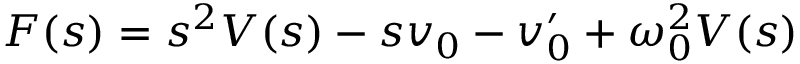
F ( s ) = s ^ { 2 } V ( s ) - s v _ { 0 } - v _ { 0 } ^ { \prime } + \omega _ { 0 } ^ { 2 } V ( s )